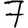
Digit: 7